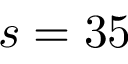
s = 3 5